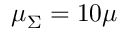
\mu _ { \Sigma } = 1 0 \mu